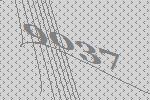
9037